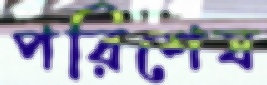
পরিশেষ